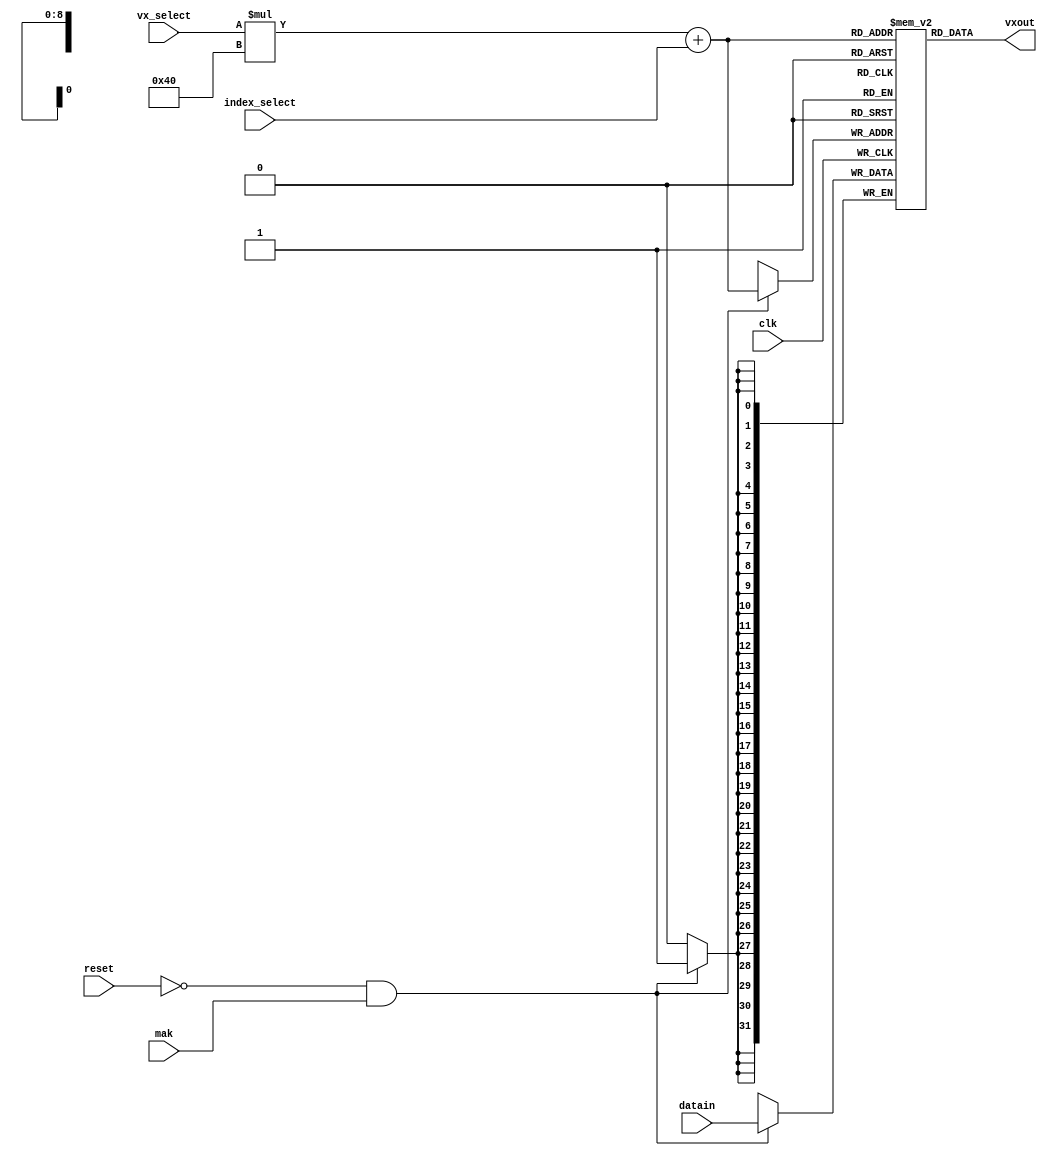
module vector_regs(vxout,datain,vx_select,index_select,mak,clk,reset);
output [31:0]vxout;
input [31:0]datain;
input [2:0]vx_select;
input [5:0]index_select;
input mak,clk,reset;

reg [31:0]vx[0:7][0:63];

assign vxout=vx[vx_select][index_select];

always @(negedge clk)
begin
if(!reset && mak)vx[vx_select][index_select]<=datain;
//$display("%d %d %d %d %d %d %d %d",vx[2][0],vx[2][1],vx[2][2],vx[2][3],vx[2][4],vx[2][5],vx[2][6],vx[2][7]);
end

integer x;

initial
begin
for(x=0;x<=32'd63;x=x+32'd1)
vx[1][x]<=x;
for(x=0;x<=32'd63;x=x+32'd1)
vx[2][x]<=32'd0;
end

endmodule